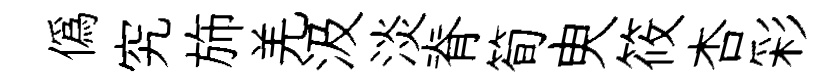
偽究斾羌汲淡脊筍㬰筱杏彩